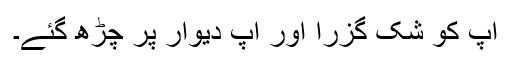
آپ کو شک گزرا اور آپ دیوار پر چڑھ گئے۔